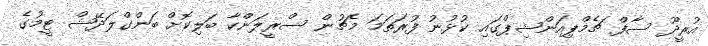
އުރީދޫ ސާފް ޗެމްޕިއަންޝިޕްގައި ކުޅުނު ފުރަތަމަ މެޗުން ސްރީލަންކާ ބަލިކޮށް ބަންގްލަދޭޝް ޓީމުގެ